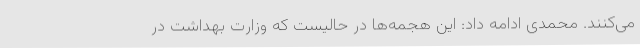
می‌کنند. محمدی ادامه داد: این هجمه‌ها در حالیست که وزارت بهداشت در